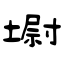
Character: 墛